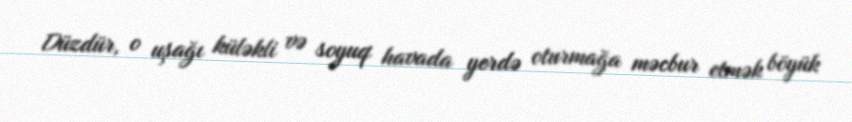
Düzdür, o uşağı küləkli və soyuq havada yerdə oturmağa məcbur etmək böyük